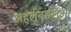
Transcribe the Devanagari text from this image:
अहलूवालिआ